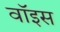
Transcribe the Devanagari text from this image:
वाॅइस